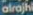
alrajhi